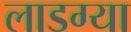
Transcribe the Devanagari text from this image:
लाडग्या